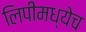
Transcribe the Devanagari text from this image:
लिपीमध्येच